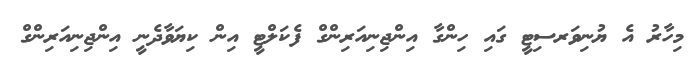
މިހާރު އެ ޔުނިވަރސިޓީ ގައި ހިންގާ އިންޖިނިއަރިންގް ފެކަލްޓީ އިން ކިޔަވާދެނީ އިންޖިނިއަރިންގް